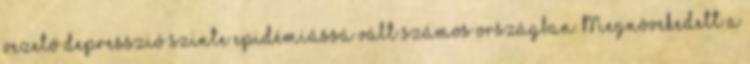
vezető depresszió szinte epidémiássá vált számos országban. Megnövekedett a